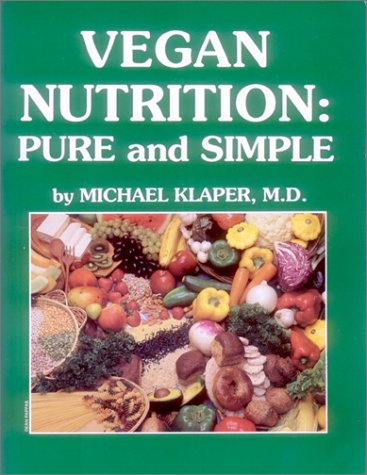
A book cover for Vegan Nutrition : Pure and Simple; M.D. Michael Klaper; Health, Fitness & Dieting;